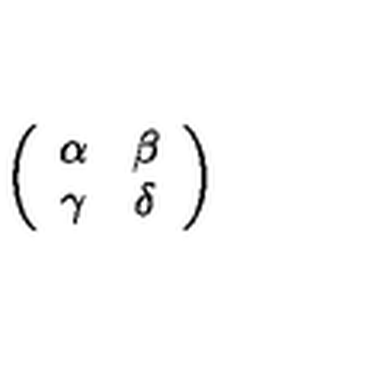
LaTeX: \left( \begin{array} { c c } { \alpha } & { \beta } \\ { \gamma } & { \delta } \\ \end{array} \right)